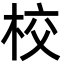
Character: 校